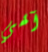
آلهي